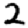
Digit: 2